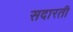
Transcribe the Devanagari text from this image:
सदारती